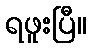
ရဖူးပြီ။